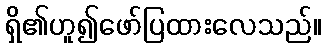
ရှိ၏ဟူ၍ဖော်ပြထားလေသည်။